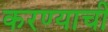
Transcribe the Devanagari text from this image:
करण्याचीं